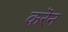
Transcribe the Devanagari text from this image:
करॆन